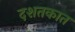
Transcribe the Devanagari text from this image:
दशतकात